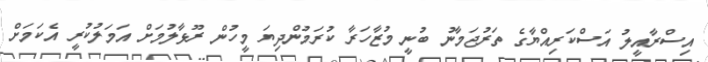
އިސްރާއީލު އަސްކަރިއްޔާގެ ތަރުޖަމާނު ބުނީ މުޒާހަރާ ކުރަމުންދިޔަ މީހުން ރޫޅާލުމަށް އަމަލުކުރީ އެކަމަށް